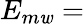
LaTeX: E_{m\mathit{w}}=